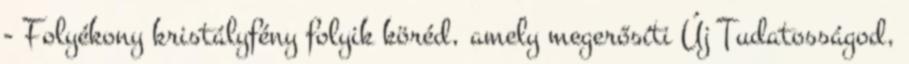
- Folyékony kristályfény folyik köréd, amely megerősíti Új Tudatosságod,